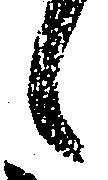
々